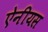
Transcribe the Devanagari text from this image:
ऐनीयस